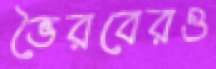
ভৈরবেরও